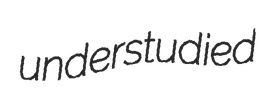
understudied